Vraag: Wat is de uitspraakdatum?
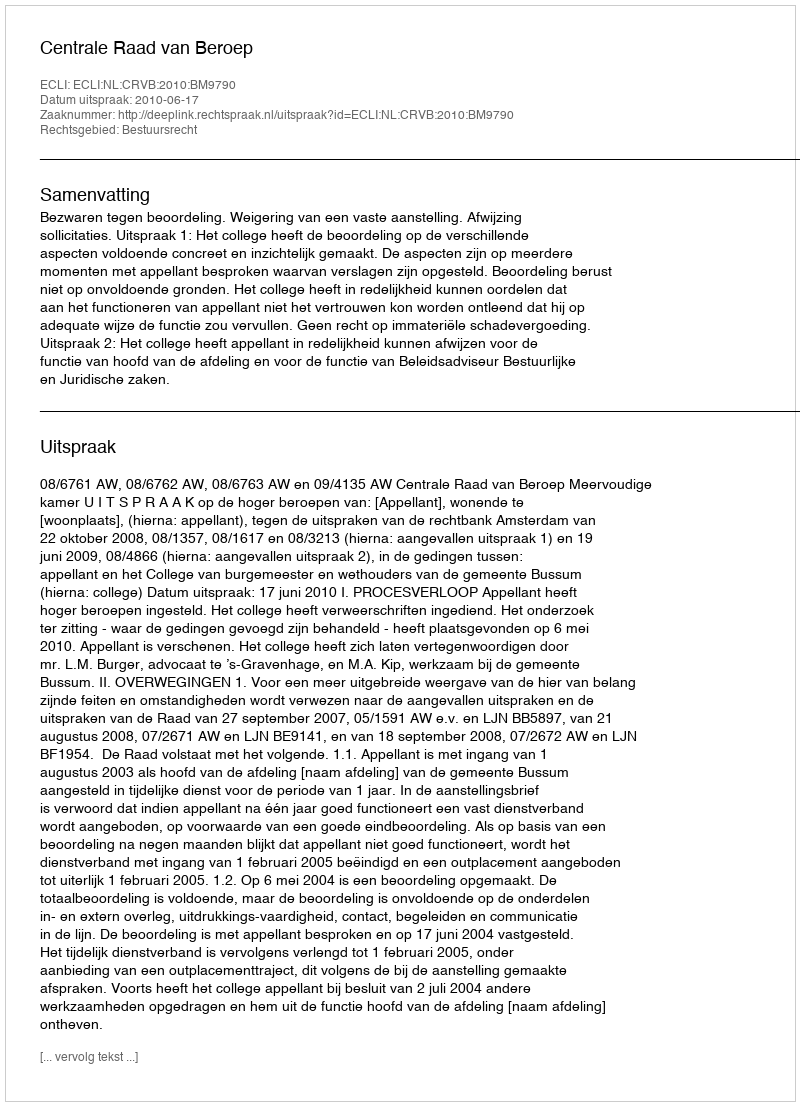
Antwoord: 2010-06-17